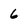
Character: 6